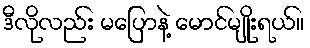
ဒီလိုလည်း မပြောနဲ့ မောင်မျိုးရယ်။